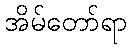
အိမ်တော်ရာ